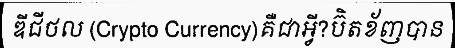
ឌីជីថល (Crypto Currency)គឺជាអ្វី?ប៊ិតខ័ញបាន